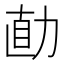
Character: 𱐱